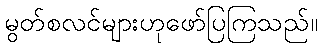
မွတ်စလင်များဟုဖော်ပြကြသည်။